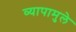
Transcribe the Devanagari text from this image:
व्यापामुले